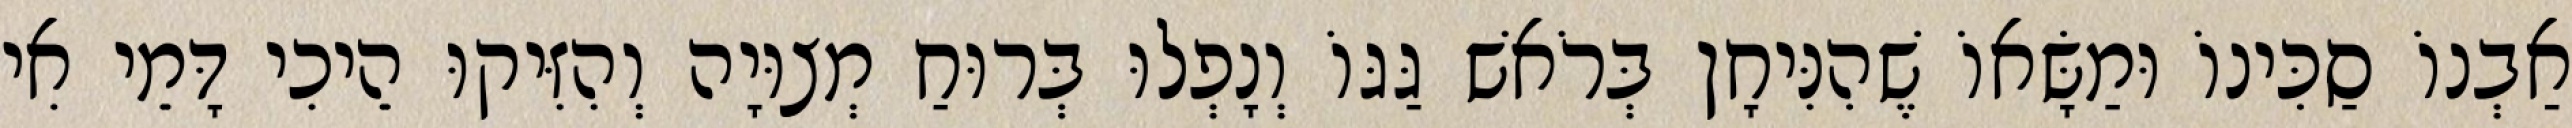
אַבְנוֹ סַכִּינוֹ וּמַשָּׂאוֹ שֶׁהִנִּיחָן בְּרֹאשׁ גַּגּוֹ וְנָפְלוּ בְּרוּחַ מְצוּיָה וְהִזִּיקוּ הֵיכִי דָּמֵי אִי